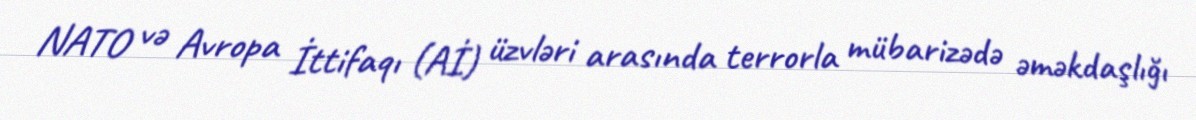
NATO və Avropa İttifaqı (Aİ) üzvləri arasında terrorla mübarizədə əməkdaşlığı